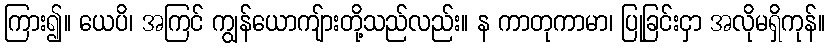
ကြား၍။ ယေပိ၊ အကြင် ကျွန်ယောကျ်ားတို့သည်လည်း။ န ကာတုကာမာ၊ ပြုခြင်းငှာ အလိုမရှိကုန်။